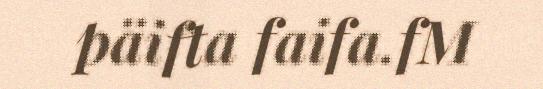
päifta faifa.fM